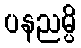
ပနညမ္ပိ